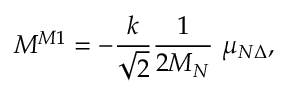
M ^ { M 1 } = - \frac k { \sqrt { 2 } } \frac { 1 } { 2 M _ { N } } \ \mu _ { N \Delta } ,